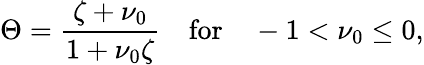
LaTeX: \Theta=\frac{\zeta+\nu_{0}}{1+\nu_{0}\zeta}\quad\textrm{for}\quad-1<\nu_{0}\leq 0,